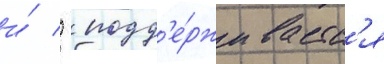
и́   подд'е́рживаетс'я